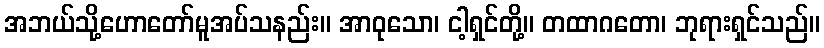
အဘယ်သို့ဟောတော်မူအပ်သနည်း။ အာဝုသော၊ ငါ့ရှင်တို့။ တထာဂတော၊ ဘုရားရှင်သည်။